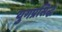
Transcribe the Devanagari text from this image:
युगप्रसिद्ध